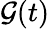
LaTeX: \mathcal{G}(t)